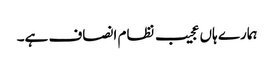
ہمارے ہاں عجیب نظام انصاف ہے۔